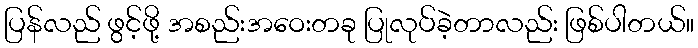
ပြန်လည် ဖွင့်ဖို့ အစည်းအဝေးတခု ပြုလုပ်ခဲ့တာလည်း ဖြစ်ပါတယ်။